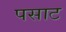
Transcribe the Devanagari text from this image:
पसाट